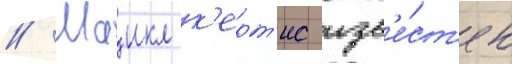
// Маикл к'ерт'ис изв'е́ст'ен